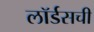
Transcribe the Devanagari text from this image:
लॉर्डसची